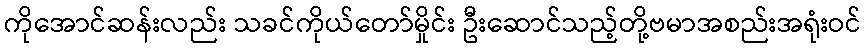
ကိုအောင်ဆန်းလည်း သခင်ကိုယ်တော်မှိုင်း ဦးဆောင်သည့်တို့ဗမာအစည်းအရုံးဝင်